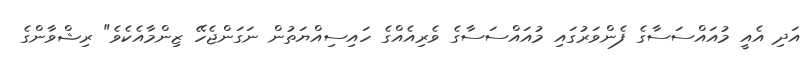
އަދި އެއީ މުއައްސަސާގެ ފެންވަރުގައި މުއައްސަސާގެ ވެރިއެއްގެ ހައިސިއްޔަތުން ނަގަންޖެހޭ ޒިންމާއެކެވެ" ރިޝްވާންގެ